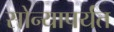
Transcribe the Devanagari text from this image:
सोन्यापर्यंत